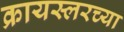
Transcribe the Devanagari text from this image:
क्रायस्लरच्या